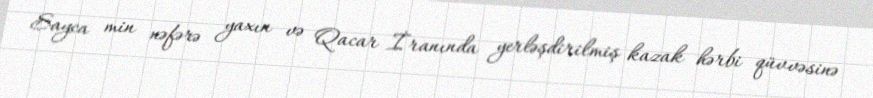
Sayca min nəfərə yaxın və Qacar İranında yerləşdirilmiş kazak hərbi qüvvəsinə